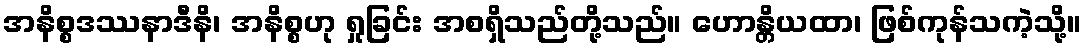
အနိစ္စဒဿနာဒီနိ၊ အနိစ္စဟု ရှုခြင်း အစရှိသည်တို့သည်။ ဟောန္တိယထာ၊ ဖြစ်ကုန်သကဲ့သို့။